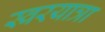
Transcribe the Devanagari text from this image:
स्वरयात्रा